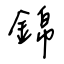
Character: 錦